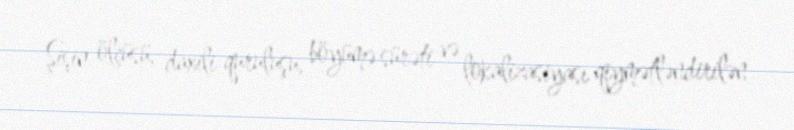
Şişin ölçüsü, daxili quruluşu, böyümə sürəti və lokalizasiyası qiymətləndirilən